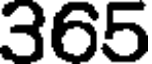
365